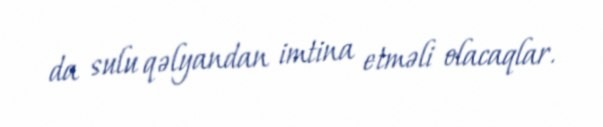
da sulu qəlyandan imtina etməli olacaqlar.